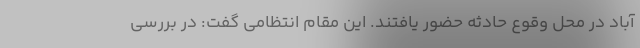
آباد در محل وقوع حادثه حضور یافتند. این مقام انتظامی گفت: در بررسی